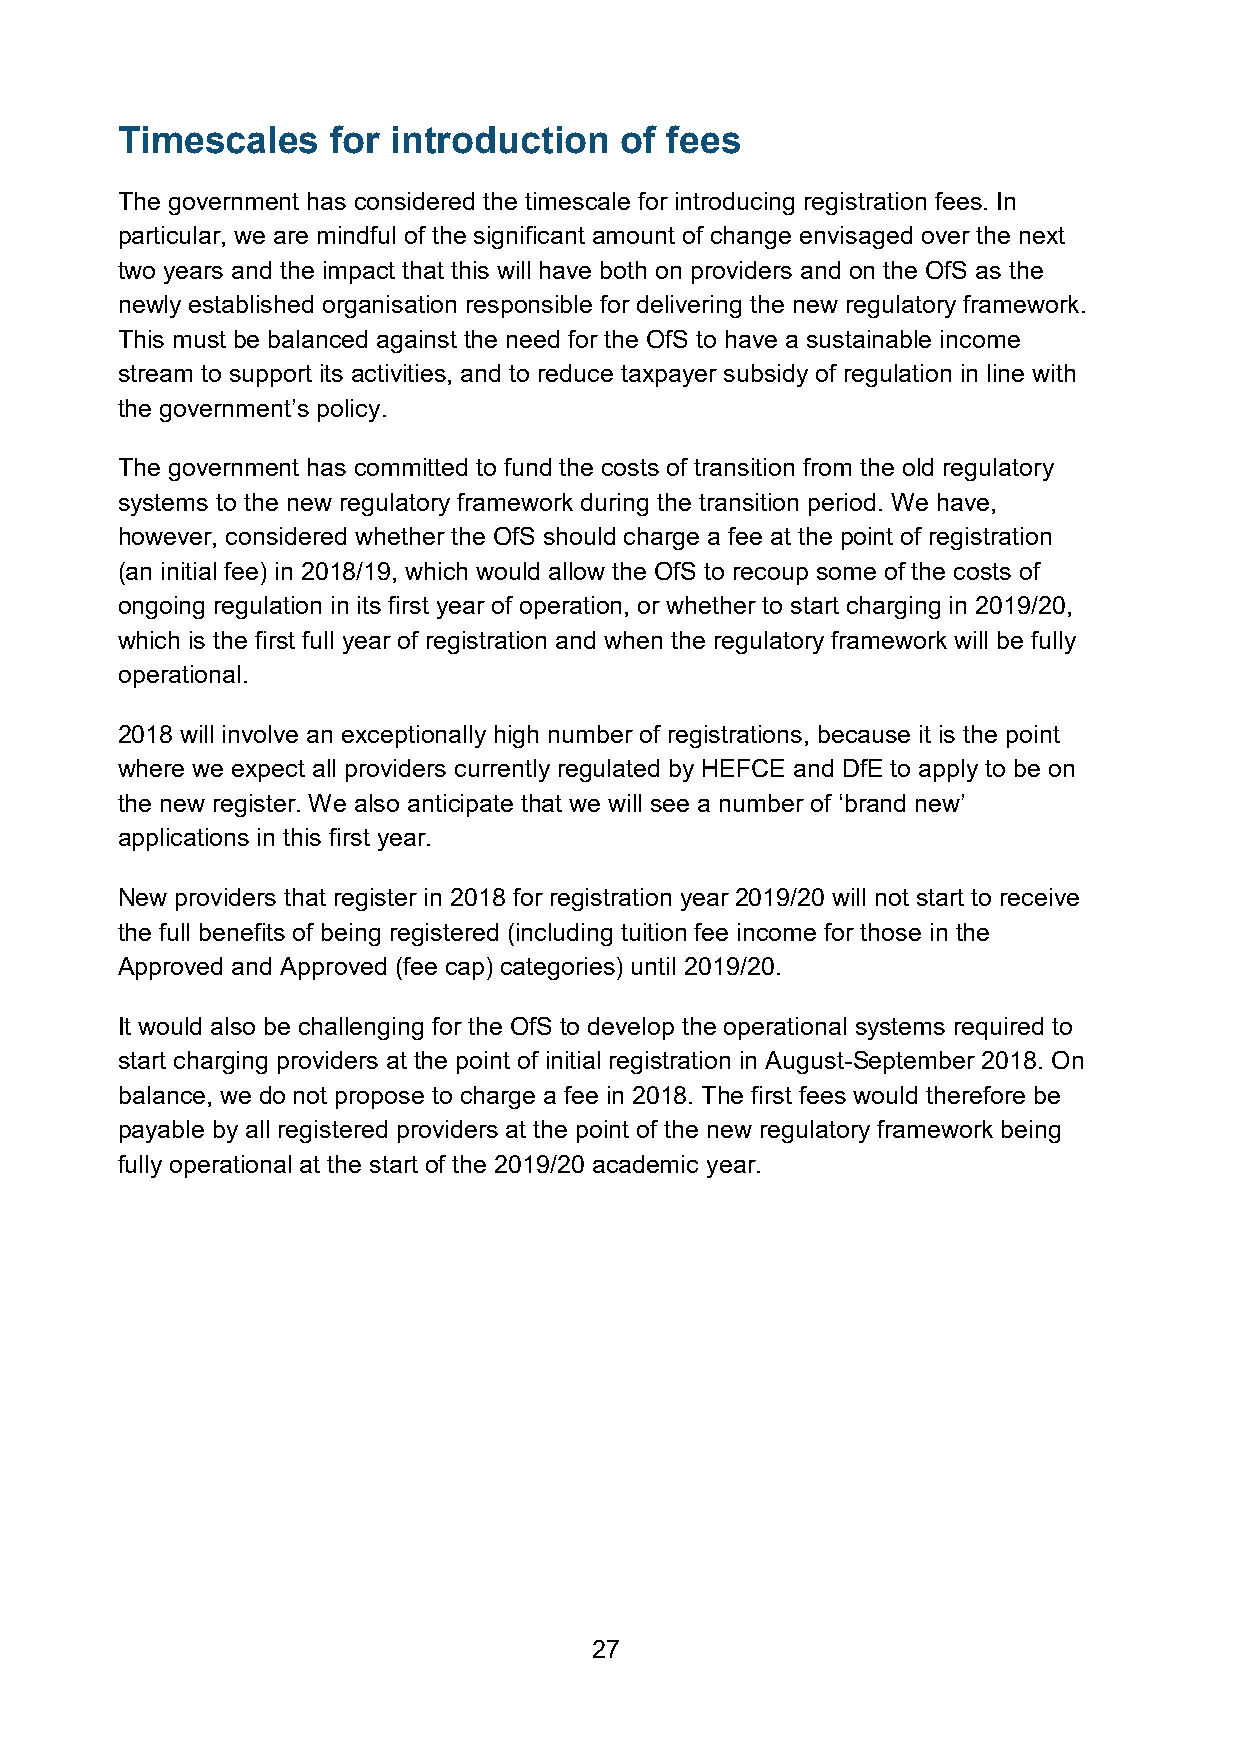
Timescales    for introduction   of fees
 The government has considered the timescale for introducing registration fees. In
 particular, we are mindful of the significant amount of change envisaged over the next
 two years and the impact that this will have both on providers and on the OfS as the
 newly established organisation responsible for delivering the new regulatory framework.
 This must be balanced against the need for the OfS to have a sustainable income
 stream to support its activities, and to reduce taxpayer subsidy of regulation in line with
 the government’s policy.
 The government has committed to fund the costs of transition from the old regulatory
 systems to the new regulatory framework during the transition period. We have,
 however, considered whether the OfS should charge a fee at the point of registration
 (an initial fee) in 2018/19, which would allow the OfS to recoup some of the costs of
 ongoing regulation in its first year of operation, or whether to start charging in 2019/20,
 which is the first full year of registration and when the regulatory framework will be fully
 operational.
 2018 will involve an exceptionally high number of registrations, because it is the point
 where we expect all providers currently regulated by HEFCE and DfE to apply to be on
 the new register. We also anticipate that we will see a number of ‘brand new’
 applications in this first year.
 New providers that register in 2018 for registration year 2019/20 will not start to receive
 the full benefits of being registered (including tuition fee income for those in the
 Approved and Approved (fee cap) categories) until 2019/20.
 It would also be challenging for the OfS to develop the operational systems required to
 start charging providers at the point of initial registration in August-September 2018. On
 balance, we do not propose to charge a fee in 2018. The first fees would therefore be
 payable by all registered providers at the point of the new regulatory framework being
 fully operational at the start of the 2019/20 academic year.
 27